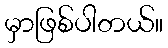
မှာဖြစ်ပါတယ်။